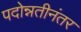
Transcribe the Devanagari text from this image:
पदोन्नतीनंतर